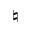
\natural